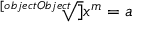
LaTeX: { \sqrt [ [object Object] ] { x ^ { m } } } = a